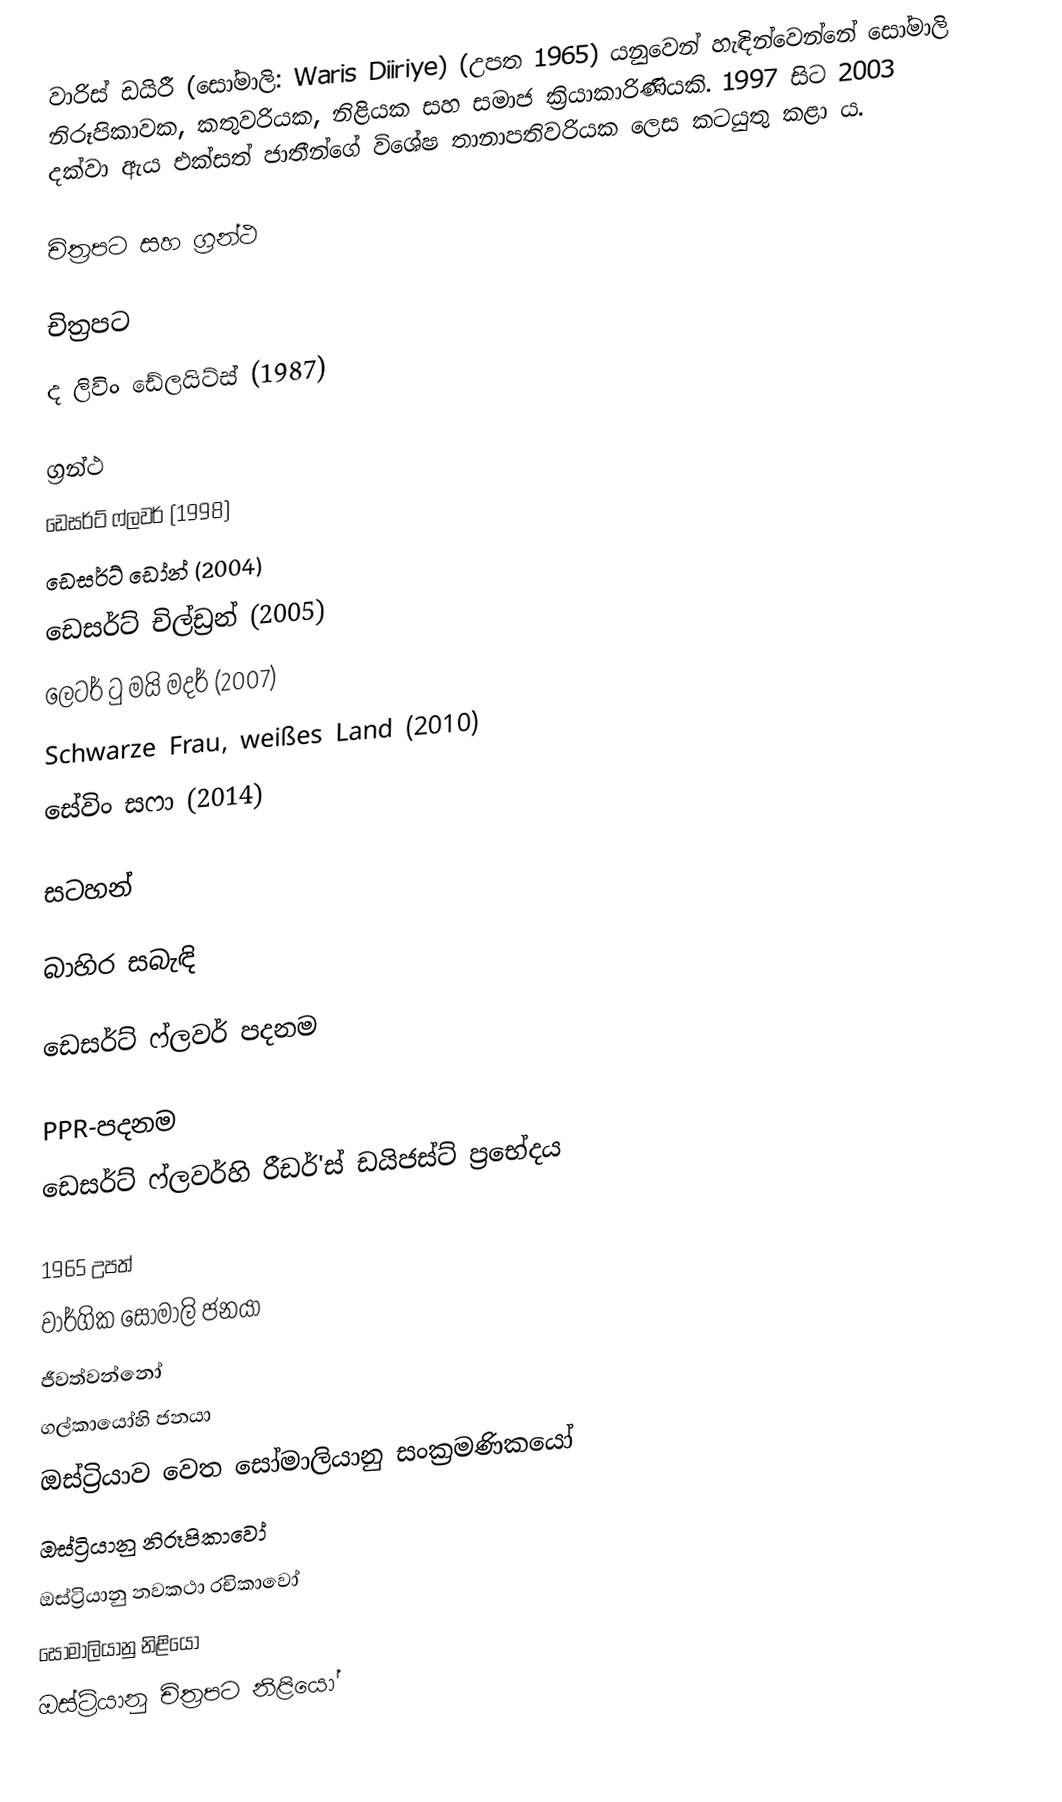
වාරිස් ඩයිරී (සෝමාලි: Waris Diiriye) (උපත 1965) යනුවෙන් හැඳින්වෙන්නේ සෝමාලි නිරූපිකාවක, කතුවරියක, නිළියක සහ සමාජ ක්‍රියාකාරිණියකි. 1997 සිට 2003 දක්වා ඇය එක්සත් ජාතීන්ගේ විශේෂ තානාපතිවරියක ලෙස කටයුතු කළා ය.

චිත්‍රපට සහ ග්‍රන්ථ

චිත්‍රපට
ද ලිවිං ඩේලයිට්ස් (1987)

ග්‍රන්ථ
ඩෙසර්ට් ෆ්ලවර් (1998)
ඩෙසර්ට් ඩෝන් (2004)
ඩෙසර්ට් චිල්ඩ්‍රන් (2005)
ලෙටර් ටු මයි මදර් (2007)
Schwarze Frau, weißes Land (2010)
සේවිං සෆා (2014)

සටහන්

බාහිර සබැඳි

ඩෙසර්ට් ෆ්ලවර් පදනම

PPR-පදනම
ඩෙසර්ට් ෆ්ලවර්හි රීඩර්'ස් ඩයිජස්ට් ප්‍රභේදය

1965 උපත්
වාර්ගික සෝමාලි ජනයා
ජීවත්වන්නෝ
ගල්කායෝහි ජනයා
ඔස්ට්‍රියාව වෙත සෝමාලියානු සංක්‍රමණිකයෝ
ඔස්ට්‍රියානු නිරූපිකාවෝ
ඔස්ට්‍රියානු නවකථා රචිකාවෝ
සෝමාලියානු නිළියෝ
ඔස්ට්‍රියානු චිත්‍රපට නිළියෝ